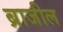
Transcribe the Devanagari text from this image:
ब्राजील